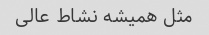
مثل همیشه نشاط عالی